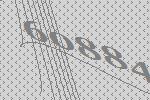
60884